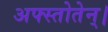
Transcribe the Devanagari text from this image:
अफ्स्तोतेन्।